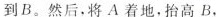
到B。然后，将A着地，抬高B.